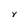
Character: Y